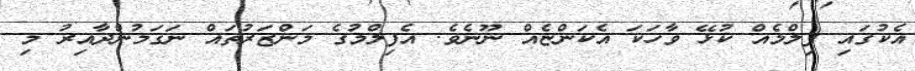
އެކުގައި ފިލްމެއް ކުޅޭ ވާހަކަ އެކަންޏެއް ނޫނެވެ. އެފިލްމުގެ މަންޒަރުތައް ނަގަމުންދާއިރު މި